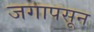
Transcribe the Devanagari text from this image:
जगापसून